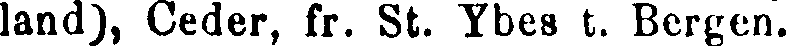
land), Ceder, fr. St. Ybes t. Bergen.